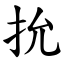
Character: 抁